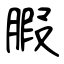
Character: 腵